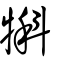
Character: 犐